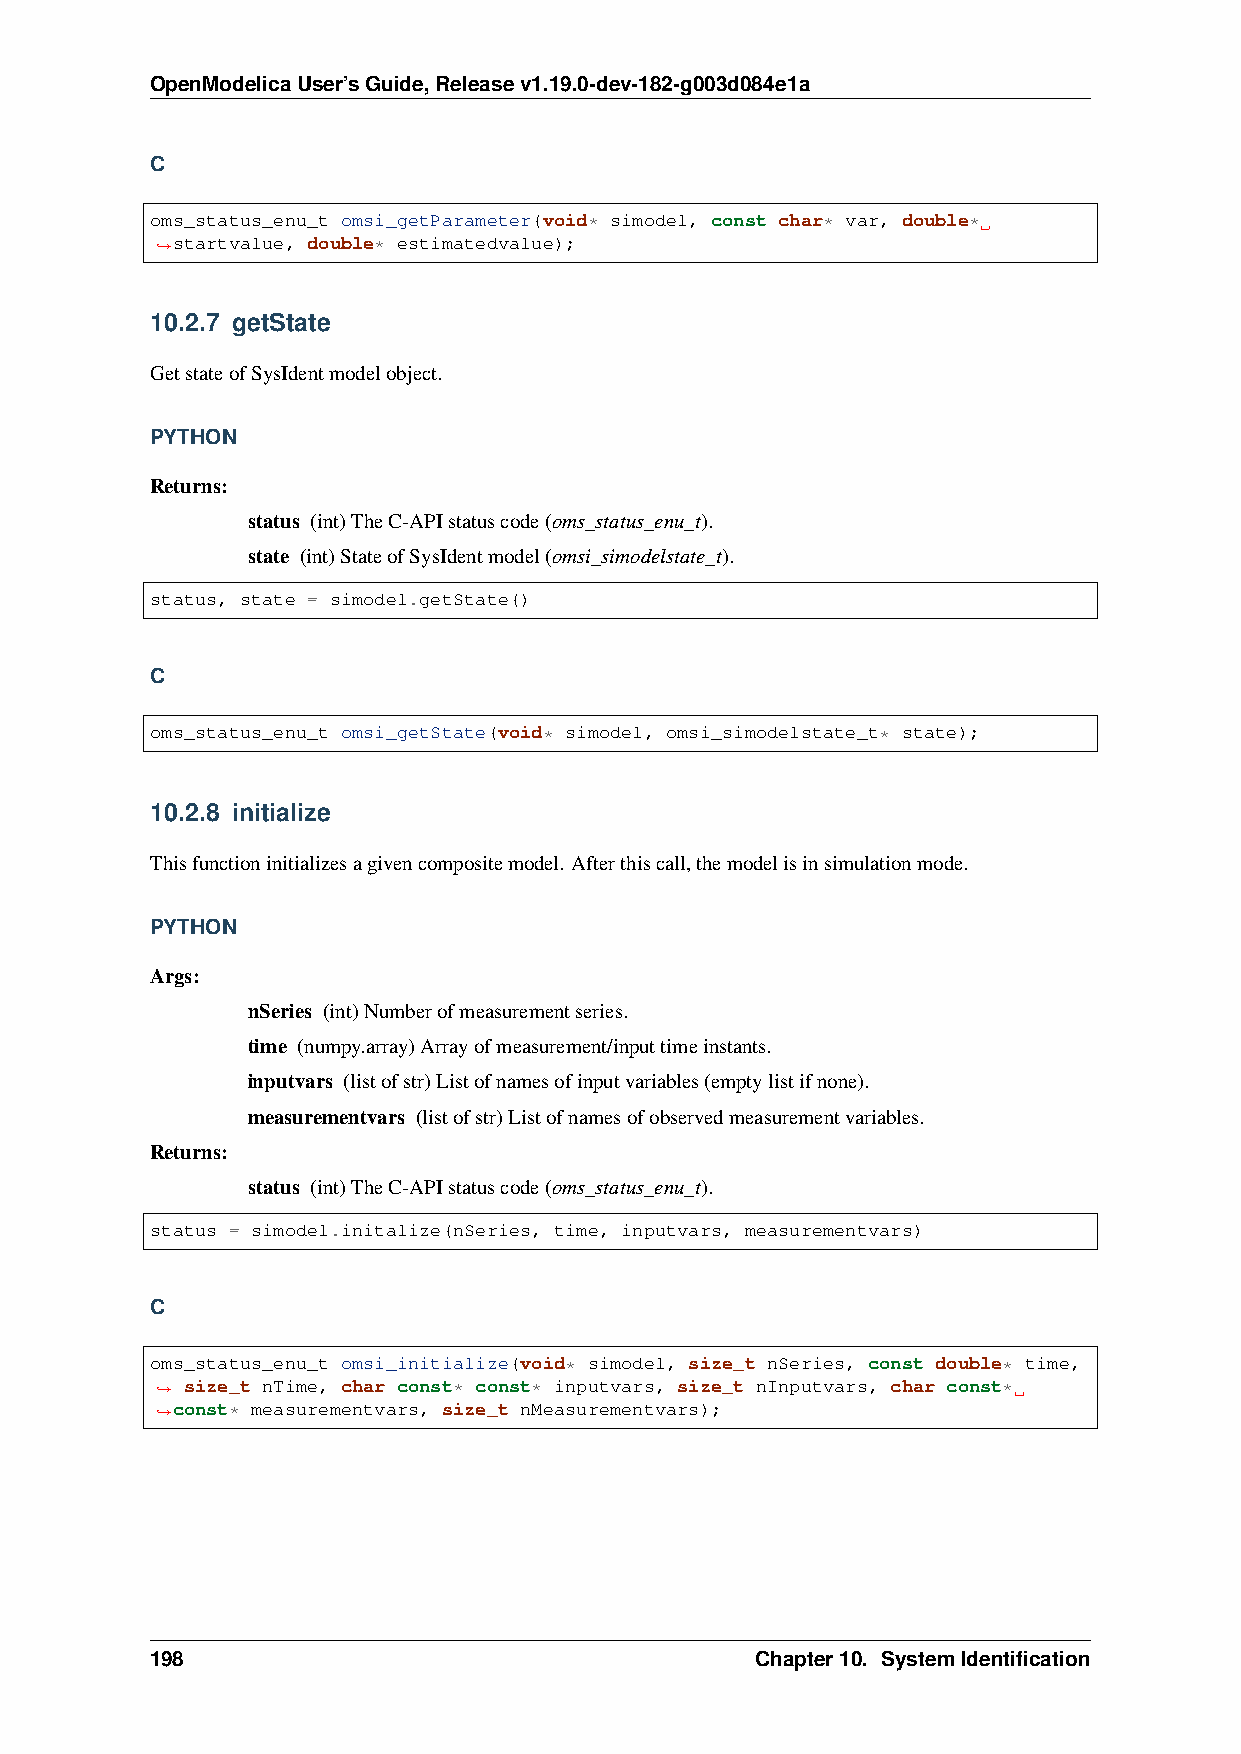
OpenModelicaUser’sGuide,Releasev1.19.0-dev-182-g003d084e1a
 C
 oms_status_enu_t omsi_getParameter(void* simodel, const char* var, double*
 ˓→startvalue, double* estimatedvalue);
 10.2.7 getState
 GetstateofSysIdentmodelobject.
 PYTHON
 Returns:
 status (int)TheC-APIstatuscode(oms_status_enu_t).
 state (int)StateofSysIdentmodel(omsi_simodelstate_t).
 status, state = simodel.getState()
 C
 oms_status_enu_t omsi_getState(void* simodel, omsi_simodelstate_t* state);
 10.2.8 initialize
 Thisfunctioninitializesagivencompositemodel. Afterthiscall,themodelisinsimulationmode.
 PYTHON
 Args:
 nSeries (int)Numberofmeasurementseries.
 time (numpy.array)Arrayofmeasurement/inputtimeinstants.
 inputvars (listofstr)Listofnamesofinputvariables(emptylistifnone).
 measurementvars (listofstr)Listofnamesofobservedmeasurementvariables.
 Returns:
 status (int)TheC-APIstatuscode(oms_status_enu_t).
 status = simodel.initalize(nSeries, time, inputvars, measurementvars)
 C
 oms_status_enu_t omsi_initialize(void* simodel, size_t nSeries, const double* time,
 ˓→
 size_t nTime, char const* const* inputvars, size_t nInputvars, char const*
 ˓→const* measurementvars, size_t nMeasurementvars);
 198                                     Chapter10. SystemIdentification